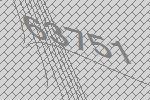
63751